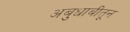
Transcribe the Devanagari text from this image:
अबुधाबीतून